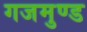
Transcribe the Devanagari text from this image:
गजमुण्ड